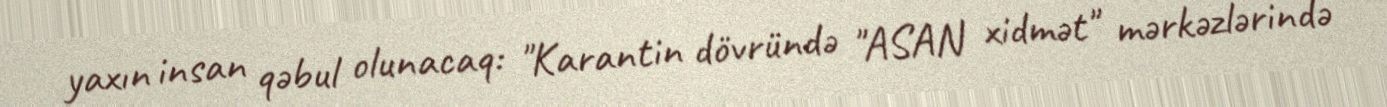
yaxın insan qəbul olunacaq: "Karantin dövründə "ASAN xidmət" mərkəzlərində